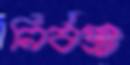
নির্বস্ত্র